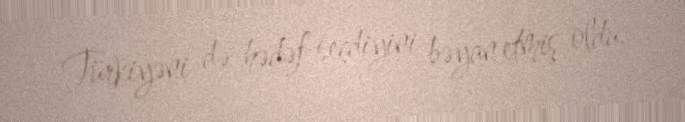
Türkiyəni də hədəf seçdiyini bəyan etmiş oldu.